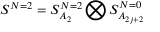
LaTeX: S ^ { N = 2 } = S _ { A _ { 2 } } ^ { N = 2 } \bigotimes S _ { A _ { 2 j + 2 } } ^ { N = 0 }